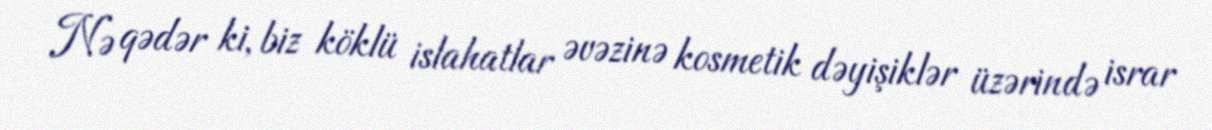
Nə qədər ki, biz köklü islahatlar əvəzinə kosmetik dəyişiklər üzərində israr